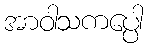
အာဝါသကပ္ပေါ